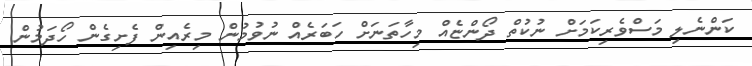
ކަންނެލި މަސްވެރިކަމަށް ނުކުތް ދޯންޏެއް މިހާތަނަށް ހަބަރެއް ނުވުމުން މިރެއިން ފެށިގެން ހޯދަމުން